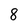
Character: 8